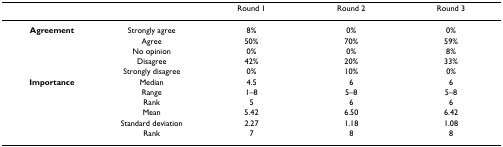
<table><thead><tr><td></td><td></td><td><b>Round 1</b></td><td><b>Round 2</b></td><td><b>Round 3</b></td></tr></thead><tbody><tr><td><b>Agreement</b></td><td>Strongly agree</td><td>8%</td><td>0%</td><td>0%</td></tr><tr><td></td><td>Agree</td><td>50%</td><td>70%</td><td>59%</td></tr><tr><td></td><td>No opinion</td><td>0%</td><td>0%</td><td>8%</td></tr><tr><td></td><td>Disagree</td><td>42%</td><td>20%</td><td>33%</td></tr><tr><td></td><td>Strongly disagree</td><td>0%</td><td>10%</td><td>0%</td></tr><tr><td><b>Importance</b></td><td>Median</td><td>4.5</td><td>6</td><td>6</td></tr><tr><td></td><td>Range</td><td>1–8</td><td>5–8</td><td>5–8</td></tr><tr><td></td><td>Rank</td><td>5</td><td>6</td><td>6</td></tr><tr><td></td><td>Mean</td><td>5.42</td><td>6.50</td><td>6.42</td></tr><tr><td></td><td>Standard deviation</td><td>2.27</td><td>1.18</td><td>1.08</td></tr><tr><td></td><td>Rank</td><td>7</td><td>8</td><td>8</td></tr></tbody></table>